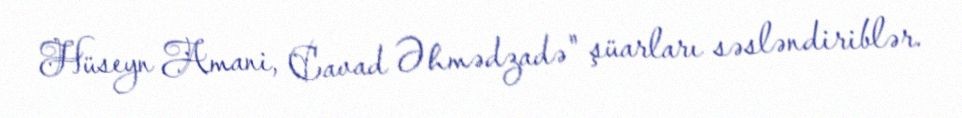
Hüseyn Amani, Cavad Əhmədzadə" şüarları səsləndiriblər.